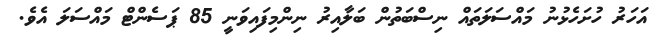
އަހަރު ހުށަހެޅުނު މައްސަލަތައް ނިސްބަތުން ބަލާއިރު ނިންމިފައިވަނީ 85 ޕަސެންޓް މައްސަލަ އެވެ.